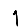
Digit: 1